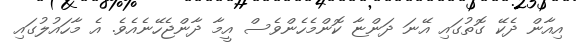
އިއާން ދެކޭ ގޮތުގައި އޭނަ ދަންޏާ ކޮންމެހެންވެސް އީމާ ދާންޖެހޭނެއެވެ. އެ މާހައުލުގައި